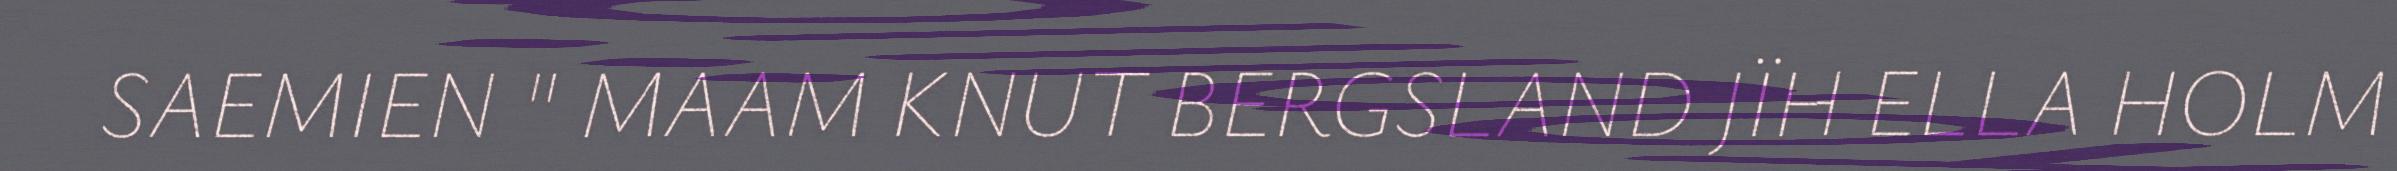
SAEMIEN " MAAM KNUT BERGSLAND JÏH ELLA HOLM